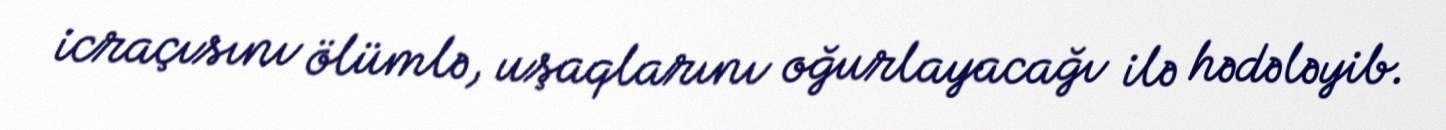
icraçısını ölümlə, uşaqlarını oğurlayacağı ilə hədələyib.